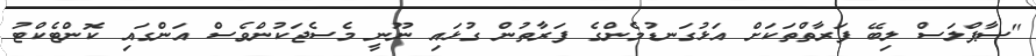
"ސާޕްލަސް ލިބޭ ފަރާތްތަކަށް އަޅުގަނޑުމެންގެ ފަރާތުން ގުޅައި ނޫނީ މެސެޖަކުންވެސް އަންގައި ކޮންޓެކްޓު